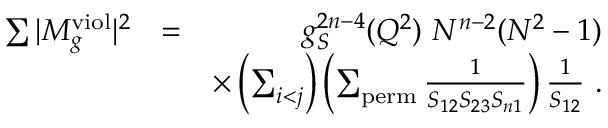
\begin{array} { r l r } { \sum \vert M _ { g } ^ { \mathrm { v i o l } } \vert ^ { 2 } } & { = } & { g _ { S } ^ { 2 n - 4 } ( Q ^ { 2 } ) ~ N ^ { n - 2 } ( N ^ { 2 } - 1 ) } \\ & { } & { \times \left( \sum _ { i < j } \right) \left( \sum _ { \mathrm { p e r m } } \frac { 1 } { S _ { 1 2 } S _ { 2 3 } S _ { n 1 } } \right) \frac { 1 } { S _ { 1 2 } } ~ . } \end{array}